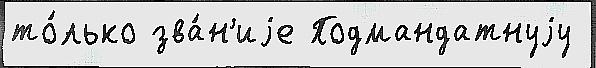
то́лько зва́н'иjе Подмандатнуjу